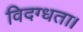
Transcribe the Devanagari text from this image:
विदग्धता।